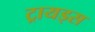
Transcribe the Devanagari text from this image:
ट्रायड्स